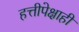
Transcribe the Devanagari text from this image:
हत्तीपेक्षाही